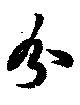
分